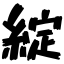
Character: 綻